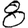
Digit: 8